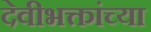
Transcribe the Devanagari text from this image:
देवीभक्तांच्या